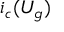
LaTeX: i _ { c } ( U _ { g } )